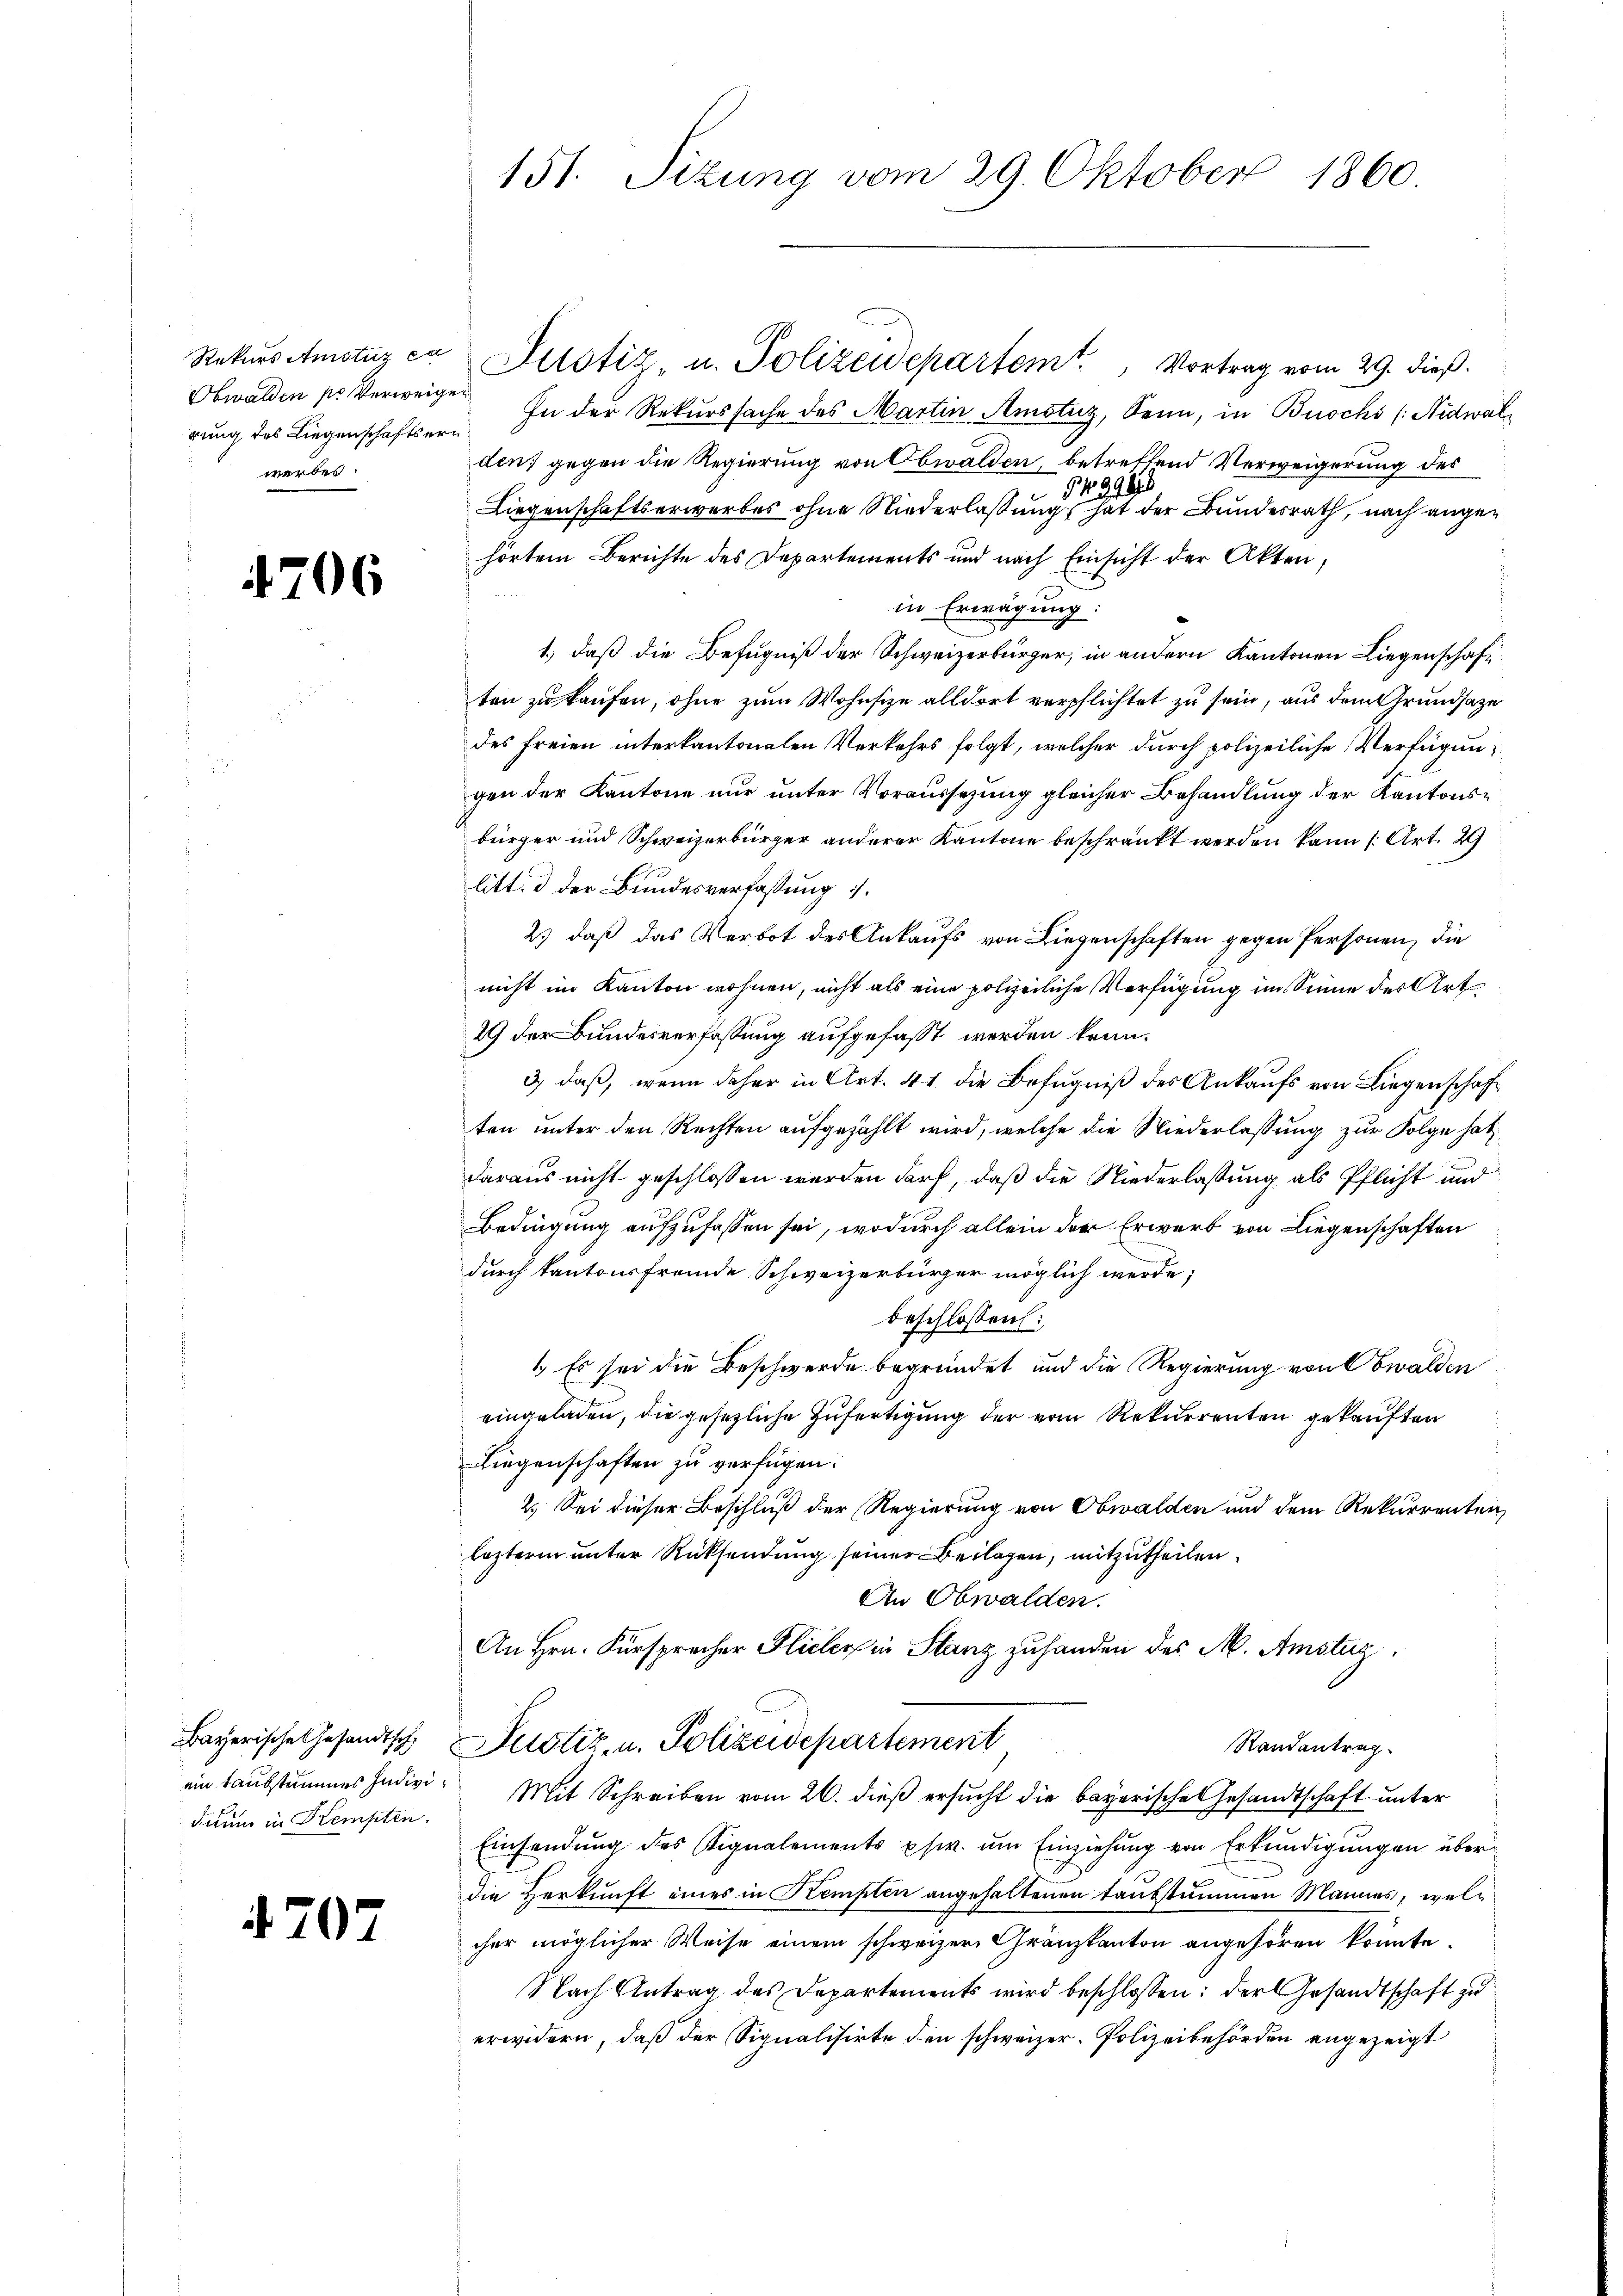
Obwalden pr Verweigen
rung des Liegenschaftserwerdes:

4706

dium in Kempten.

470

7

Rekŭrs Amstuzca Justiz- u. Polizeidepartem Vortrag vom 29. dieß.
In der Rekurssache des Martin Amstuz, Senn, in Buochs (Nidwalden) gegen die Regierung von Obwalden, betreffend Verweigerung des
G 998
Liegenschaftserwerbes ohne Niederlassung, hat der Bundesrath, nach angehörtem Berichte des Departements und nach Einsicht der Akten,
in Erwägung:
1.) daß die Befugniß der Schweizerbürger, in andern Kantonen Liegenschaften zu kaufen, ohne zum Wohnsize alldort verpflichtet zu sein, aus dem Grundsatze
des freien interkantonalen Verkehrs folgt, welcher durch polizeiliche Verfügungen der Kantone nur unter Voraussezung gleicher Behandlung der Kantonsbürger und Schweizerbürger anderer Kantone beschränkt werden kann (Art. 29
litt. d der Bundesverfassung .
2) daβ das Verbot des Ankaŭfs von Liegenschaften gegen Personen, die
nicht im Kanton wohnen, nicht als eine polizeiliche Verfügung im Sinne des Art.
29 der Bundesverfassung aufgefasst werden kann.
3) daß, wenn daher in Art. 41. die Befugniß des Ankaufs von Liegenschaft
ten unter den Rechten aufgezählt wird, welche die Niederlassung zur Folge hat,
daraus nicht geschlossen werden darf, daß die Niederlassung als Pflicht und
Bedingung aufzufassen sei, wodurch allein der Erwerb von Liegenschaften
durch kantonsfremde Schweizerbürger möglich werde;
beschlossen:
1.) Es sei die Beschwerde begründet und die Regierung von Obwalden
eingeladen, die gesetzliche Zufertigung der vom Rekurrenten gekauften
Liegenschaften zu verfügen:
2. Sei dieser Beschluß der Regierung von Obwalden und dem Rekurrenten,
lezterm unter Rücksendung seiner Beilagen, mitzutheilen.
An Obwalden.
An Hrn. Fürsprecher Sicher in Stanz zuhanden des M. Amstag,
Bayerische Gesandtsch, Justiz, u. Polizeidepartement
Randantrag
ein taubstummes Indivi- Mit Schreiben vom 26. dieß ersucht die bayerische Gesandtschaft unter
Einsendung des Signalements psw. um Einziehung von Erkundigungen überdie Herkunft eines in Kempten angehaltenen taubstummen Mannes, welcher möglicher Weise einem schweizer Gränzkanton angehören könnte.
Nach Antrag des Departements wird beschlossen: der Gesandtschaft zu
erwidern, daß der Signalisirte den schweizer. Polizeibehörden angezeigt

151. Sizung vom 29. Oktober 1860.